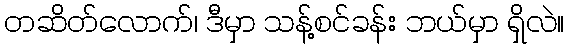
တဆိတ်လောက်၊ ဒီမှာ သန့်စင်ခန်း ဘယ်မှာ ရှိလဲ။